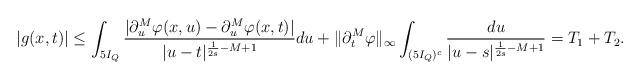
LaTeX: \begin{align*}|g(x,t)|&\leq\int_{5I_Q}\frac{|\partial_u^M\varphi(x,u)-\partial_u^M\varphi(x,t)|}{|u-t|^{\frac1{2s}-M+1}}du+\|\partial_t^M\varphi\|_\infty\int_{(5I_Q)^c}\frac{du}{|u-s|^{\frac1{2s}-M+1}}=T_1+T_2.\end{align*}